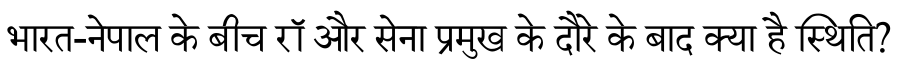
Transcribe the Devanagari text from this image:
भारत-नेपाल के बीच रॉ और सेना प्रमुख के दौरे के बाद क्या है स्थिति?